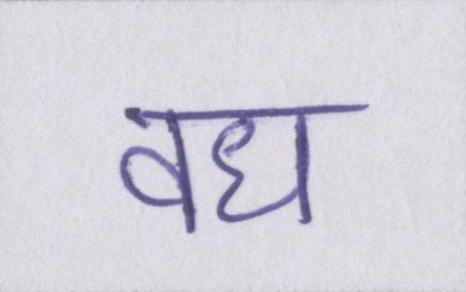
वध